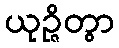
ယုဉ္ဇိတွာ